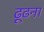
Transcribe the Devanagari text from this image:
ढ़ूढना